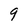
Character: 9